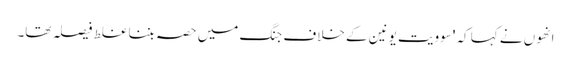
انھوں نے کہا کہ 'سوویت یونین کے خلاف جنگ میں حصہ بننا غلط فیصلہ تھا۔